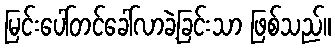
မြင်းပေါ်တင်ခေါ်လာခဲ့ခြင်းသာ ဖြစ်သည်။